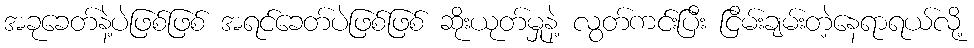
အခုခေတ်နဲ့ပဲဖြစ်ဖြစ် အရင်ခေတ်ပဲဖြစ်ဖြစ် ဆိုးယုတ်မှုနဲ့ လွတ်ကင်းပြီး ငြိမ်းချမ်းတဲ့နေရာရယ်လို့